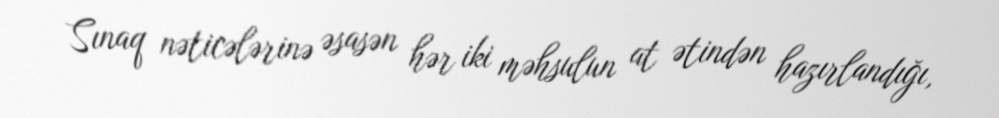
Sınaq nəticələrinə əsasən hər iki məhsulun at ətindən hazırlandığı,